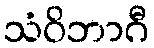
သံဝိဘာဂီ